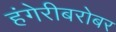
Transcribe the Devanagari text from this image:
हंगेरीबरोबर